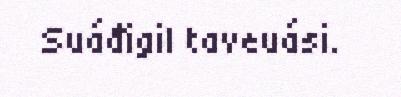
Suáđigil taveuási.